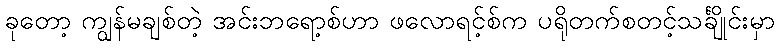
ခုတော့ ကျွန်မချစ်တဲ့ အင်းဘရော့စ်ဟာ ဖလောရင့်စ်က ပရိုတက်စတင့်သင်္ချိုင်းမှာ